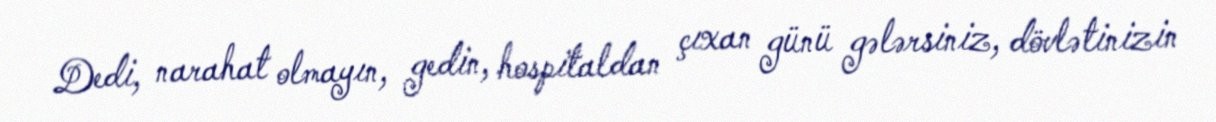
Dedi, narahat olmayın, gedin, hospitaldan çıxan günü gələrsiniz, dövlətinizin